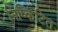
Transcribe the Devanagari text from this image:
निष्किटित